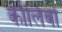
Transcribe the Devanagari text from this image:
कोलिंबा